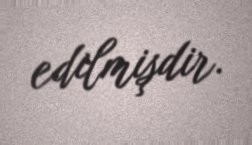
edilmişdir.